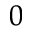
_ { 0 }